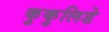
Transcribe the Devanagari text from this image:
कुकुलिडे